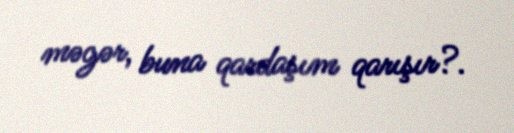
məgər, buna qardaşım qarışır?.